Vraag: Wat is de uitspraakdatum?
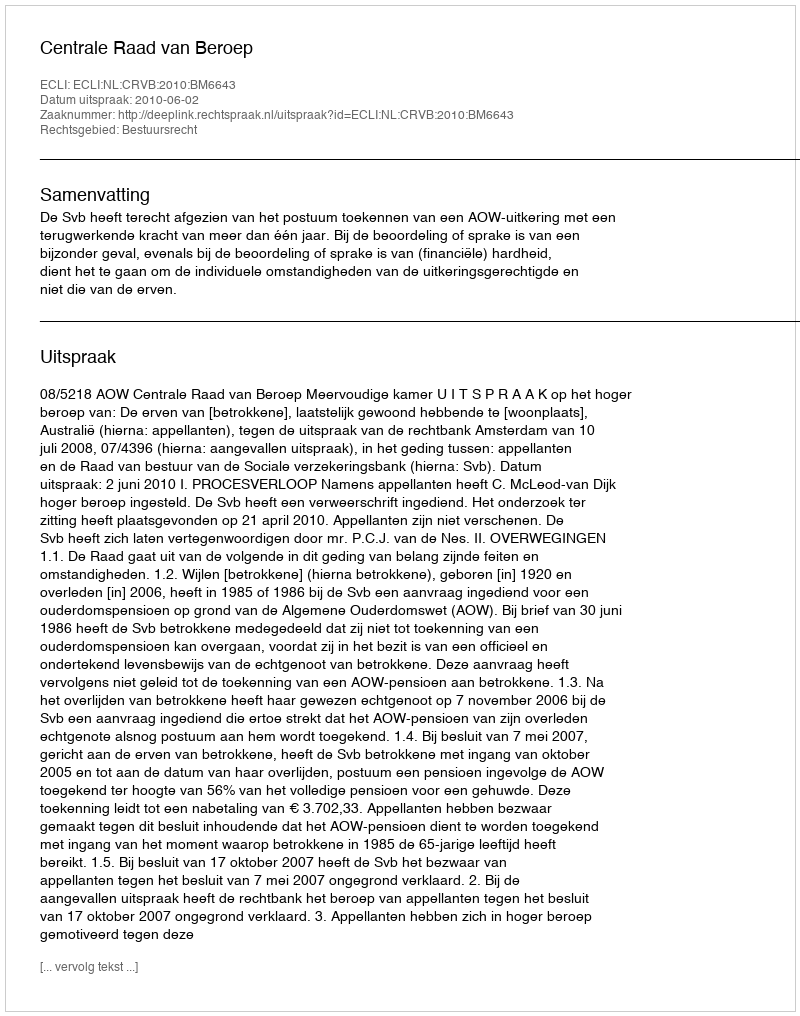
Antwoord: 2010-06-02